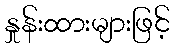
နှုန်းထားများဖြင့်